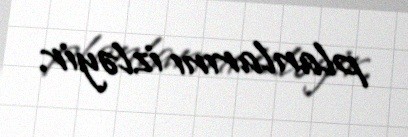
planlarını izləyir.